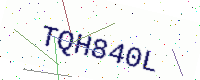
Text: TQH840L